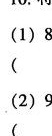
( )<( )<( )<( )<( )